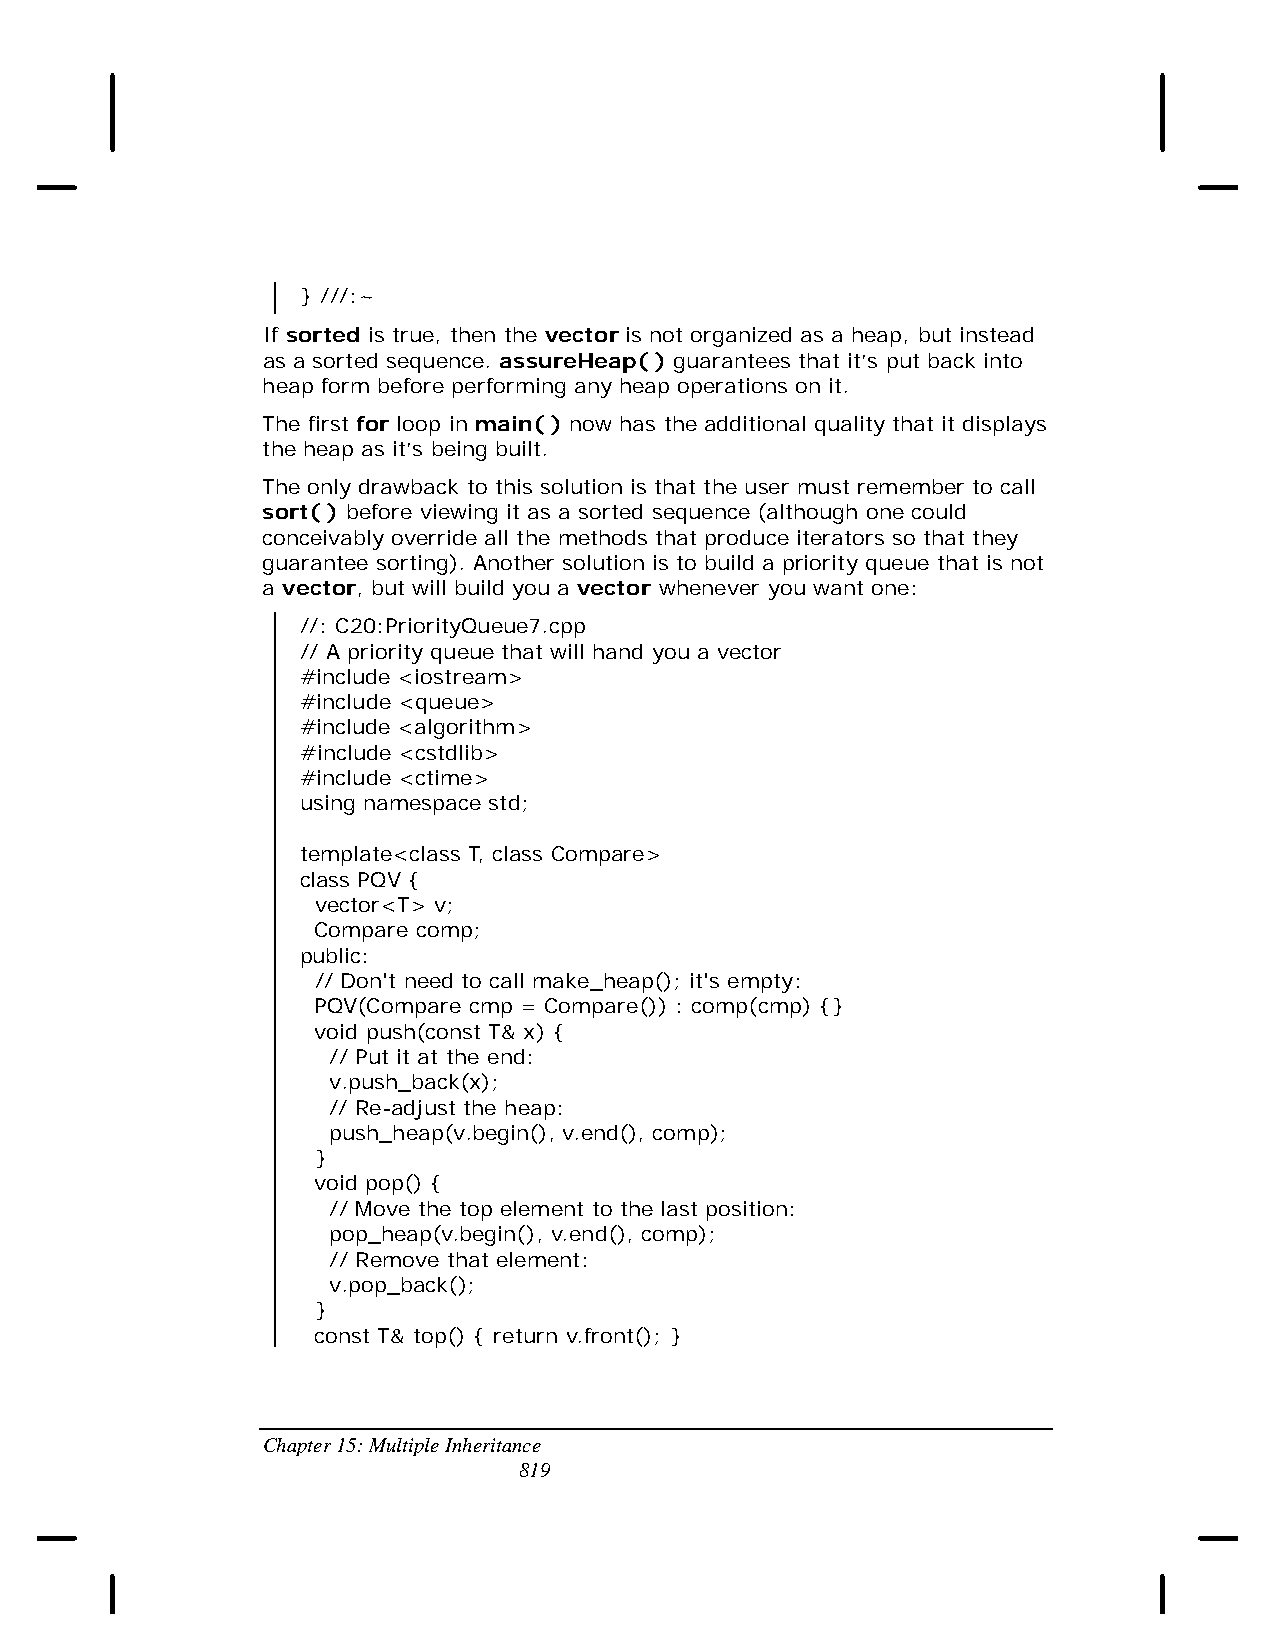
} ///:~
 If sorted is true, then the vector is not organized as a heap, but instead
 as a sorted sequence. assureHeap( ) guarantees that it’s put back into
 heap form before performing any heap operations on it.
 The first for loop in main( ) now has the additional quality that it displays
 the heap as it’s being built.
 The only drawback to this solution is that the user must remember to call
 sort( ) before viewing it as a sorted sequence (although one could
 conceivably override all the methods that produce iterators so that they
 guarantee sorting). Another solution is to build a priority queue that is not
 a vector, but will build you a vector whenever you want one:
 //: C20:PriorityQueue7.cpp
 // A priority queue that will hand you a vector
 #include <iostream>
 #include <queue>
 #include <algorithm>
 #include <cstdlib>
 #include <ctime>
 using namespace std;
 template<class T, class Compare>
 class PQV {
 vector<T> v;
 Compare comp;
 public:
 // Don't need to call make_heap(); it's empty:
 PQV(Compare cmp = Compare()) : comp(cmp) {}
 void push(const T& x) {
 // Put it at the end:
 v.push_back(x);
 // Re-adjust the heap:
 push_heap(v.begin(), v.end(), comp);
 }
 void pop() {
 // Move the top element to the last position:
 pop_heap(v.begin(), v.end(), comp);
 // Remove that element:
 v.pop_back();
 }
 const T& top() { return v.front(); }
 Chapter 15: Multiple Inheritance
 819